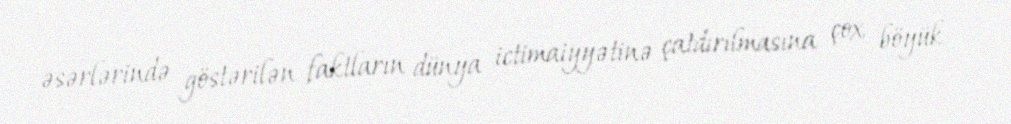
əsərlərində göstərilən faktların dünya ictimaiyyətinə çatdırılmasına çox böyük